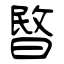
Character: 暋